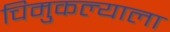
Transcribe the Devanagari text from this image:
चिमुकल्याला